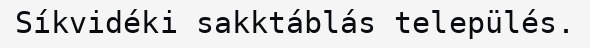
Síkvidéki sakktáblás település.